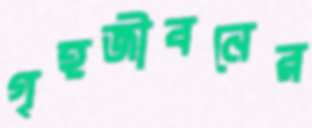
গৃহজীবনের